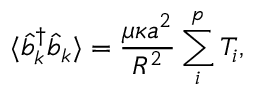
\langle \hat { b } _ { k } ^ { \dagger } \hat { b } _ { k } \rangle = \frac { \mu \kappa a ^ { 2 } } { R ^ { 2 } } \sum _ { i } ^ { p } T _ { i } ,